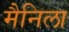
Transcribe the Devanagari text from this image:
मैनिला